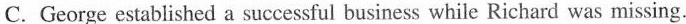
C.George established a successful business while Richard was missing.